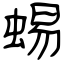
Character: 蜴